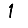
Digit: 1